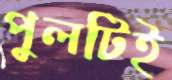
পুলটিই